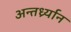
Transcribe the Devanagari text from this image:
अन्तर्ध्र्यान